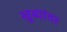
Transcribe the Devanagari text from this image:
खुब्यांवर